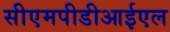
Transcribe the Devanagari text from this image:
सीएमपीडीआईएल